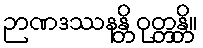
ဉာဏဒဿနန္တိ ဝုတ္တန္တိ။